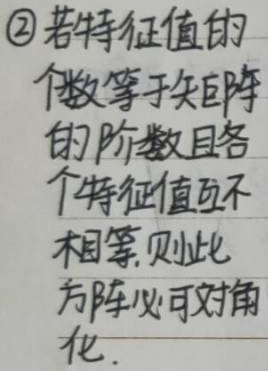
\textcircled{2} 若特征值的个数等于矩阵的阶数且各个特征值互不相等, 则此方阵必可对角化.